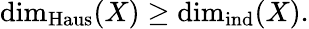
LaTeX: \dim_{\mathrm{Haus}}(X)\geq\dim_{\operatorname{ind}}(X).